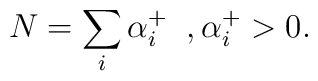
N= \sum_{i}\alpha_{i}^{+}  \; \; , \alpha_{i}^{+} > 0.